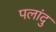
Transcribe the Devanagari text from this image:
पलांदु